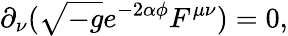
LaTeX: \partial_{\nu}(\sqrt{-g}e^{-2\alpha\phi}F^{\mu\nu})=0,